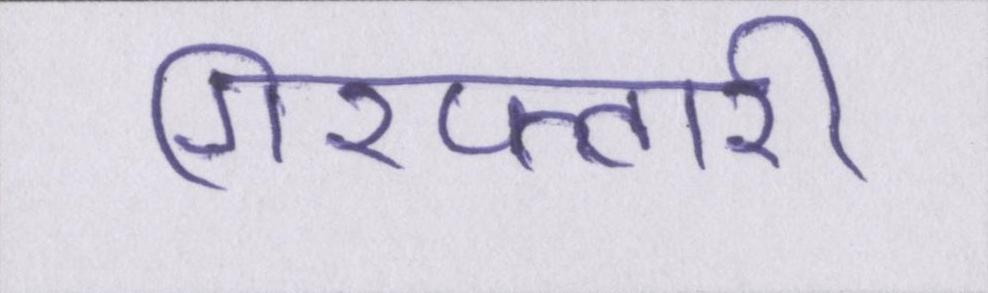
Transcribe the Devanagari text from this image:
गिरफ्तारी